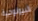
البيولوجية